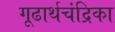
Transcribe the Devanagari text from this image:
गूढार्थचंद्रिका